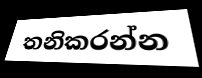
තනිකරන්න